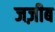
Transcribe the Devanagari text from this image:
जज़ीब